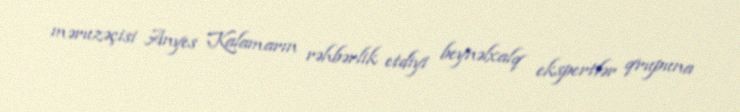
məruzəçisi Anyes Kalamarın rəhbərlik etdiyi beynəlxalq ekspertlər qrupuna